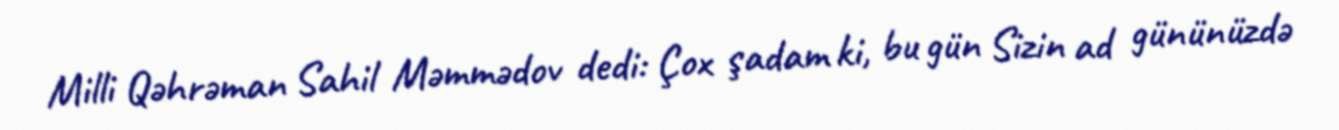
Milli Qəhrəman Sahil Məmmədov dedi: Çox şadam ki, bu gün Sizin ad gününüzdə